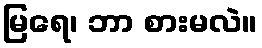
မြရေ၊ ဘာ စားမလဲ။